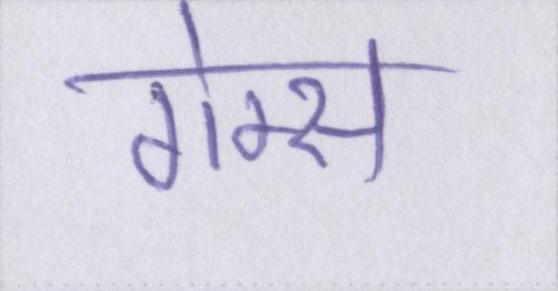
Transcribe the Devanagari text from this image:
गेम्स